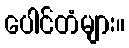
ပေါင်တံများ။